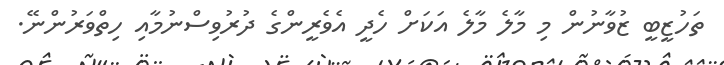
ތަހުޒީބީ ޒުވާނުން މި މާލެ މާލެ އަކަށް ހެދީ އެވެރީންގެ ދުރުވިސްނުމާއި ހިތްވަރުންނޭ.